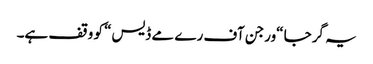
یہ گرجا “ورجن آف رے مے ڈیس“ کو وقف ہے۔